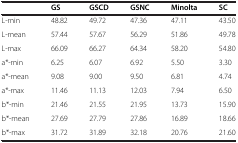
<table><thead><tr><td><b> </b></td><td><b>GS</b></td><td><b>GSCD</b></td><td><b>GSNC</b></td><td><b>Minolta</b></td><td><b>SC</b></td></tr></thead><tbody><tr><td>L-min</td><td>48.82</td><td>49.72</td><td>47.36</td><td>47.11</td><td>43.50</td></tr><tr><td>L-mean</td><td>57.44</td><td>57.67</td><td>56.29</td><td>51.86</td><td>49.78</td></tr><tr><td>L-max</td><td>66.09</td><td>66.27</td><td>64.34</td><td>58.20</td><td>54.80</td></tr><tr><td>a*-min</td><td>6.25</td><td>6.07</td><td>6.92</td><td>5.50</td><td>3.30</td></tr><tr><td>a*-mean</td><td>9.08</td><td>9.00</td><td>9.50</td><td>6.81</td><td>4.74</td></tr><tr><td>a*-max</td><td>11.46</td><td>11.13</td><td>12.03</td><td>7.94</td><td>6.50</td></tr><tr><td>b*-min</td><td>21.46</td><td>21.55</td><td>21.95</td><td>13.73</td><td>15.90</td></tr><tr><td>b*-mean</td><td>27.69</td><td>27.79</td><td>27.86</td><td>16.89</td><td>18.66</td></tr><tr><td>b*-max</td><td>31.72</td><td>31.89</td><td>32.18</td><td>20.76</td><td>21.60</td></tr></tbody></table>